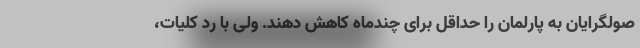
صولگرایان به پارلمان را حداقل برای چندماه کاهش دهند. ولی با رد کلیات،